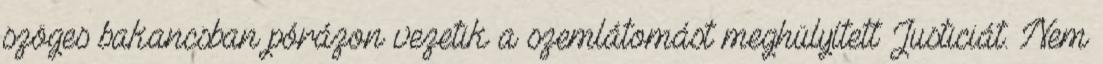
szöges bakancsban pórázon vezetik a szemlátomást meghülyített Justiciát. Nem